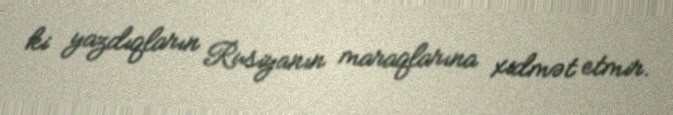
ki yazdıqların Rusiyanın maraqlarına xidmət etmir.